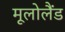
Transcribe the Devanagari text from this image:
मूलोलैंड